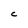
Character: C